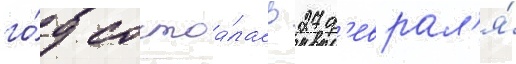
го́д состоа́лась 27 ф'еврал'я́